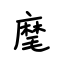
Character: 麾